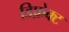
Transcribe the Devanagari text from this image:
डिफ़ेक्ट